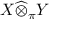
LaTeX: X { \widehat { \otimes } } _ { \pi } Y